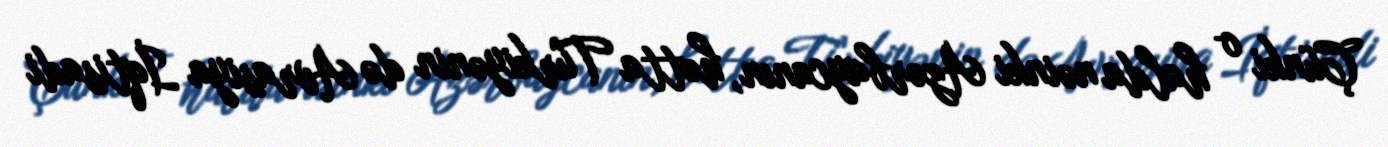
Çünki o halda nəinki Azərbaycanın, hətta Türkiyənin də Avrasiya İqtisadi